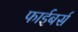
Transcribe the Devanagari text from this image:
फाईबर्स